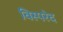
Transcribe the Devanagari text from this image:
विस्परेद